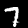
Digit: 7